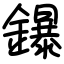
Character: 鑤